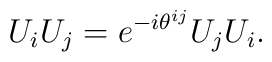
U_i U_j = e^{-i\theta^{ij}} U_j U_i .